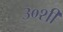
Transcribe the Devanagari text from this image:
३०शी